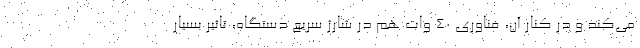
می‌کند و در کنار آن، فناوری 40 وات هم در شارژ سریع دستگاه، تاثیر بسیار